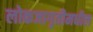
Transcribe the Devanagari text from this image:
लोकजागृतीमधील